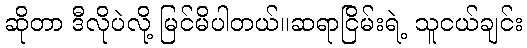
ဆိုတာ ဒီလိုပဲလို့ မြင်မိပါတယ်။ဆရာငြိမ်းရဲ့ သူငယ်ချင်း